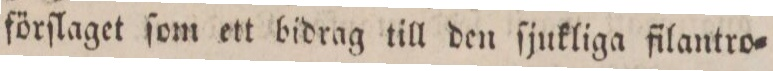
förſlaget ſom ett bidrag till den ſjukliga filantro=